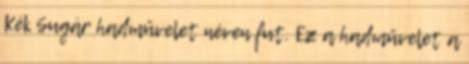
Kék Sugár hadművelet néven fut. Ez a hadművelet a